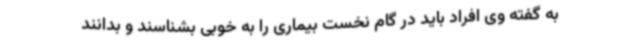
به گفته وی افراد باید در گام نخست بیماری را به خوبی بشناسند و بدانند